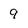
Character: 9